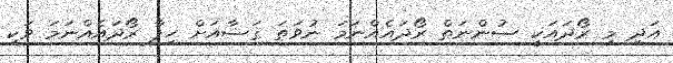
އަދި މި ރޯދައަކީ ސުންނަތް ރޯދައެއްނަމަ ނުވަތަ ޤަޟާއަށް ހިފާ ރޯދައެއްނަމަ ވަކި